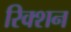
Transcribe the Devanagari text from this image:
रिक्शन